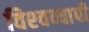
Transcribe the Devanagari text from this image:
विश्‍वव्‍यापी